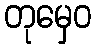
တုမှေဝ